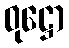
ဝုဋ္ဌော